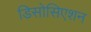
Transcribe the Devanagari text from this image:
डिसोसिएशन